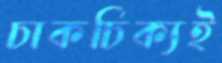
চাকচিক্যই